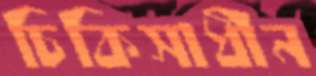
চিকিসাধীন